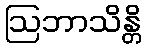
ဩဘာသိန္တိ